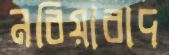
নবিয়াবাদ